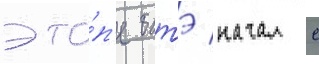
эта́п'е батэ начал с